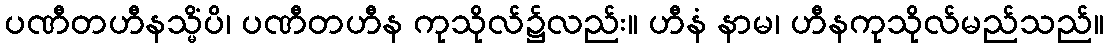
ပဏီတဟီနသ္မိံပိ၊ ပဏီတဟီန ကုသိုလ်၌လည်း။ ဟီနံ နာမ၊ ဟီနကုသိုလ်မည်သည်။